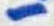
Text: 1